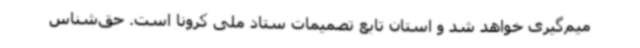
میم‌گیری خواهد شد و استان تابع تصمیمات ستاد ملی کرونا است. حق‌شناس